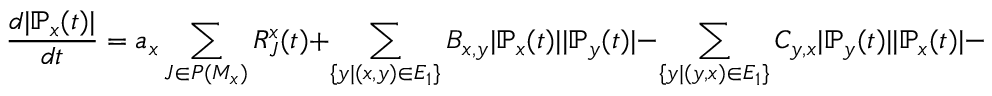
\frac { d | \mathbb { P } _ { x } ( t ) | } { d t } = a _ { x } \sum _ { J \in P ( M _ { x } ) } R _ { J } ^ { x } ( t ) + \sum _ { \{ y | ( x , y ) \in E _ { 1 } \} } B _ { x , y } | \mathbb { P } _ { x } ( t ) | | \mathbb { P } _ { y } ( t ) | - \sum _ { \{ y | ( y , x ) \in E _ { 1 } \} } C _ { y , x } | \mathbb { P } _ { y } ( t ) | | \mathbb { P } _ { x } ( t ) | - d _ { x } | \mathbb { P } _ { i } ( t ) | .